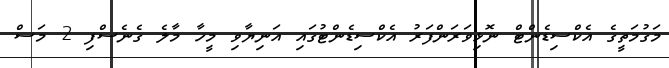
މަގުމަތީގެ އެކްސިޑެންޓް ނޮޅިވަރަންފަރު އެކްސިޑެންޓުގައި އަނިޔާވި މީހާ މާލެ ގެނެސްފި 2 މަސް